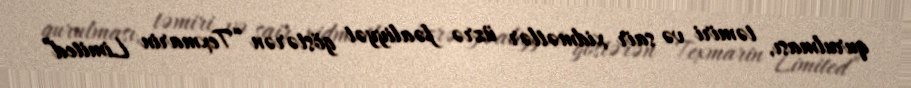
qurulması, təmiri və sair xidmətlər üzrə fəaliyyət göstərən “Texmarin Limited”